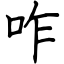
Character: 咋